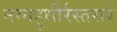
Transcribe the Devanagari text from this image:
नग्नहुधीर्रस्तसरं